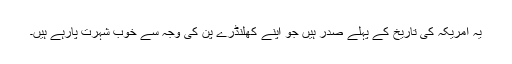
یہ امریکہ کی تاریخ کے پہلے صدر ہیں جو اپنے کھلنڈرے پن کی وجہ سے خوب شہرت پارہے ہیں۔